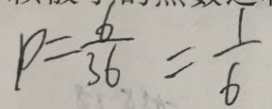
P = \frac { 6 } { 3 6 } = \frac { 1 } { 6 }